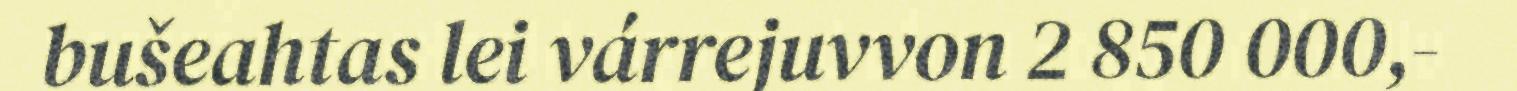
bušeahtas lei várrejuvvon 2 850 000,-